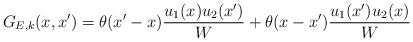
\begin{align*}G_{E,k}(x,x') = \theta(x'-x) \frac{u_1(x) u_2(x')}{W} +\theta(x-x') \frac{u_1(x') u_2(x)}{W}\end{align*}